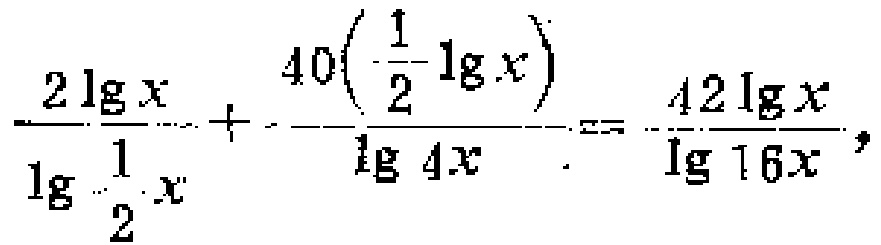
\(\frac{2\lg x}{\lg \frac{1}{2}x}+\frac{40(\frac{1}{2}\lg x)}{\lg 4x}=\frac{42\lg x}{\lg 16x},\)